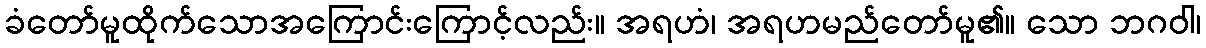
ခံတော်မူထိုက်သောအကြောင်းကြောင့်လည်း။ အရဟံ၊ အရဟမည်တော်မူ၏။ သော ဘဂဝါ၊